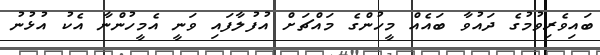
ބައިވެރިވުމުގެ ދައުވާ ބައެއް މީހުންގެ މައްޗަށް އުފުލާފައި ވަނީ އެމީހުންނާ އެކު އުޅުނު